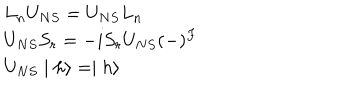
\begin{array} { l } { { L _ { n } U _ { N S } = U _ { N S } L _ { n } } } \\ { { U _ { N S } S _ { r } = - i S _ { r } U _ { N S } ( - ) ^ { F } } } \\ { { U _ { N S } \mid h \rangle = \mid h \rangle } } \\ \end{array}